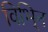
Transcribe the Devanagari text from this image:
विभि्न